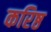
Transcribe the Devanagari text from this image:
करिष्ठ